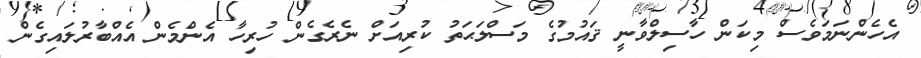
އެހެންނަމަވެސް މިކަން ހާސިލްވާނީ ޤައުމުގެ މަސްލަޙަތު ކުރިއަށް ނެރެގެން ހުރިހާ އެންމެން އެއްބާރުލައިގެން